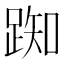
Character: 踟